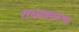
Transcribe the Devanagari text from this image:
राधावल्ल्भ